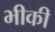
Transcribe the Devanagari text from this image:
भीकी